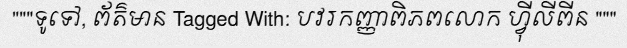
"""ទូទៅ, ព័ត៌មាន Tagged With: បវរកញ្ញាពិភពលោក ហ្វ៊ីលីពីន """